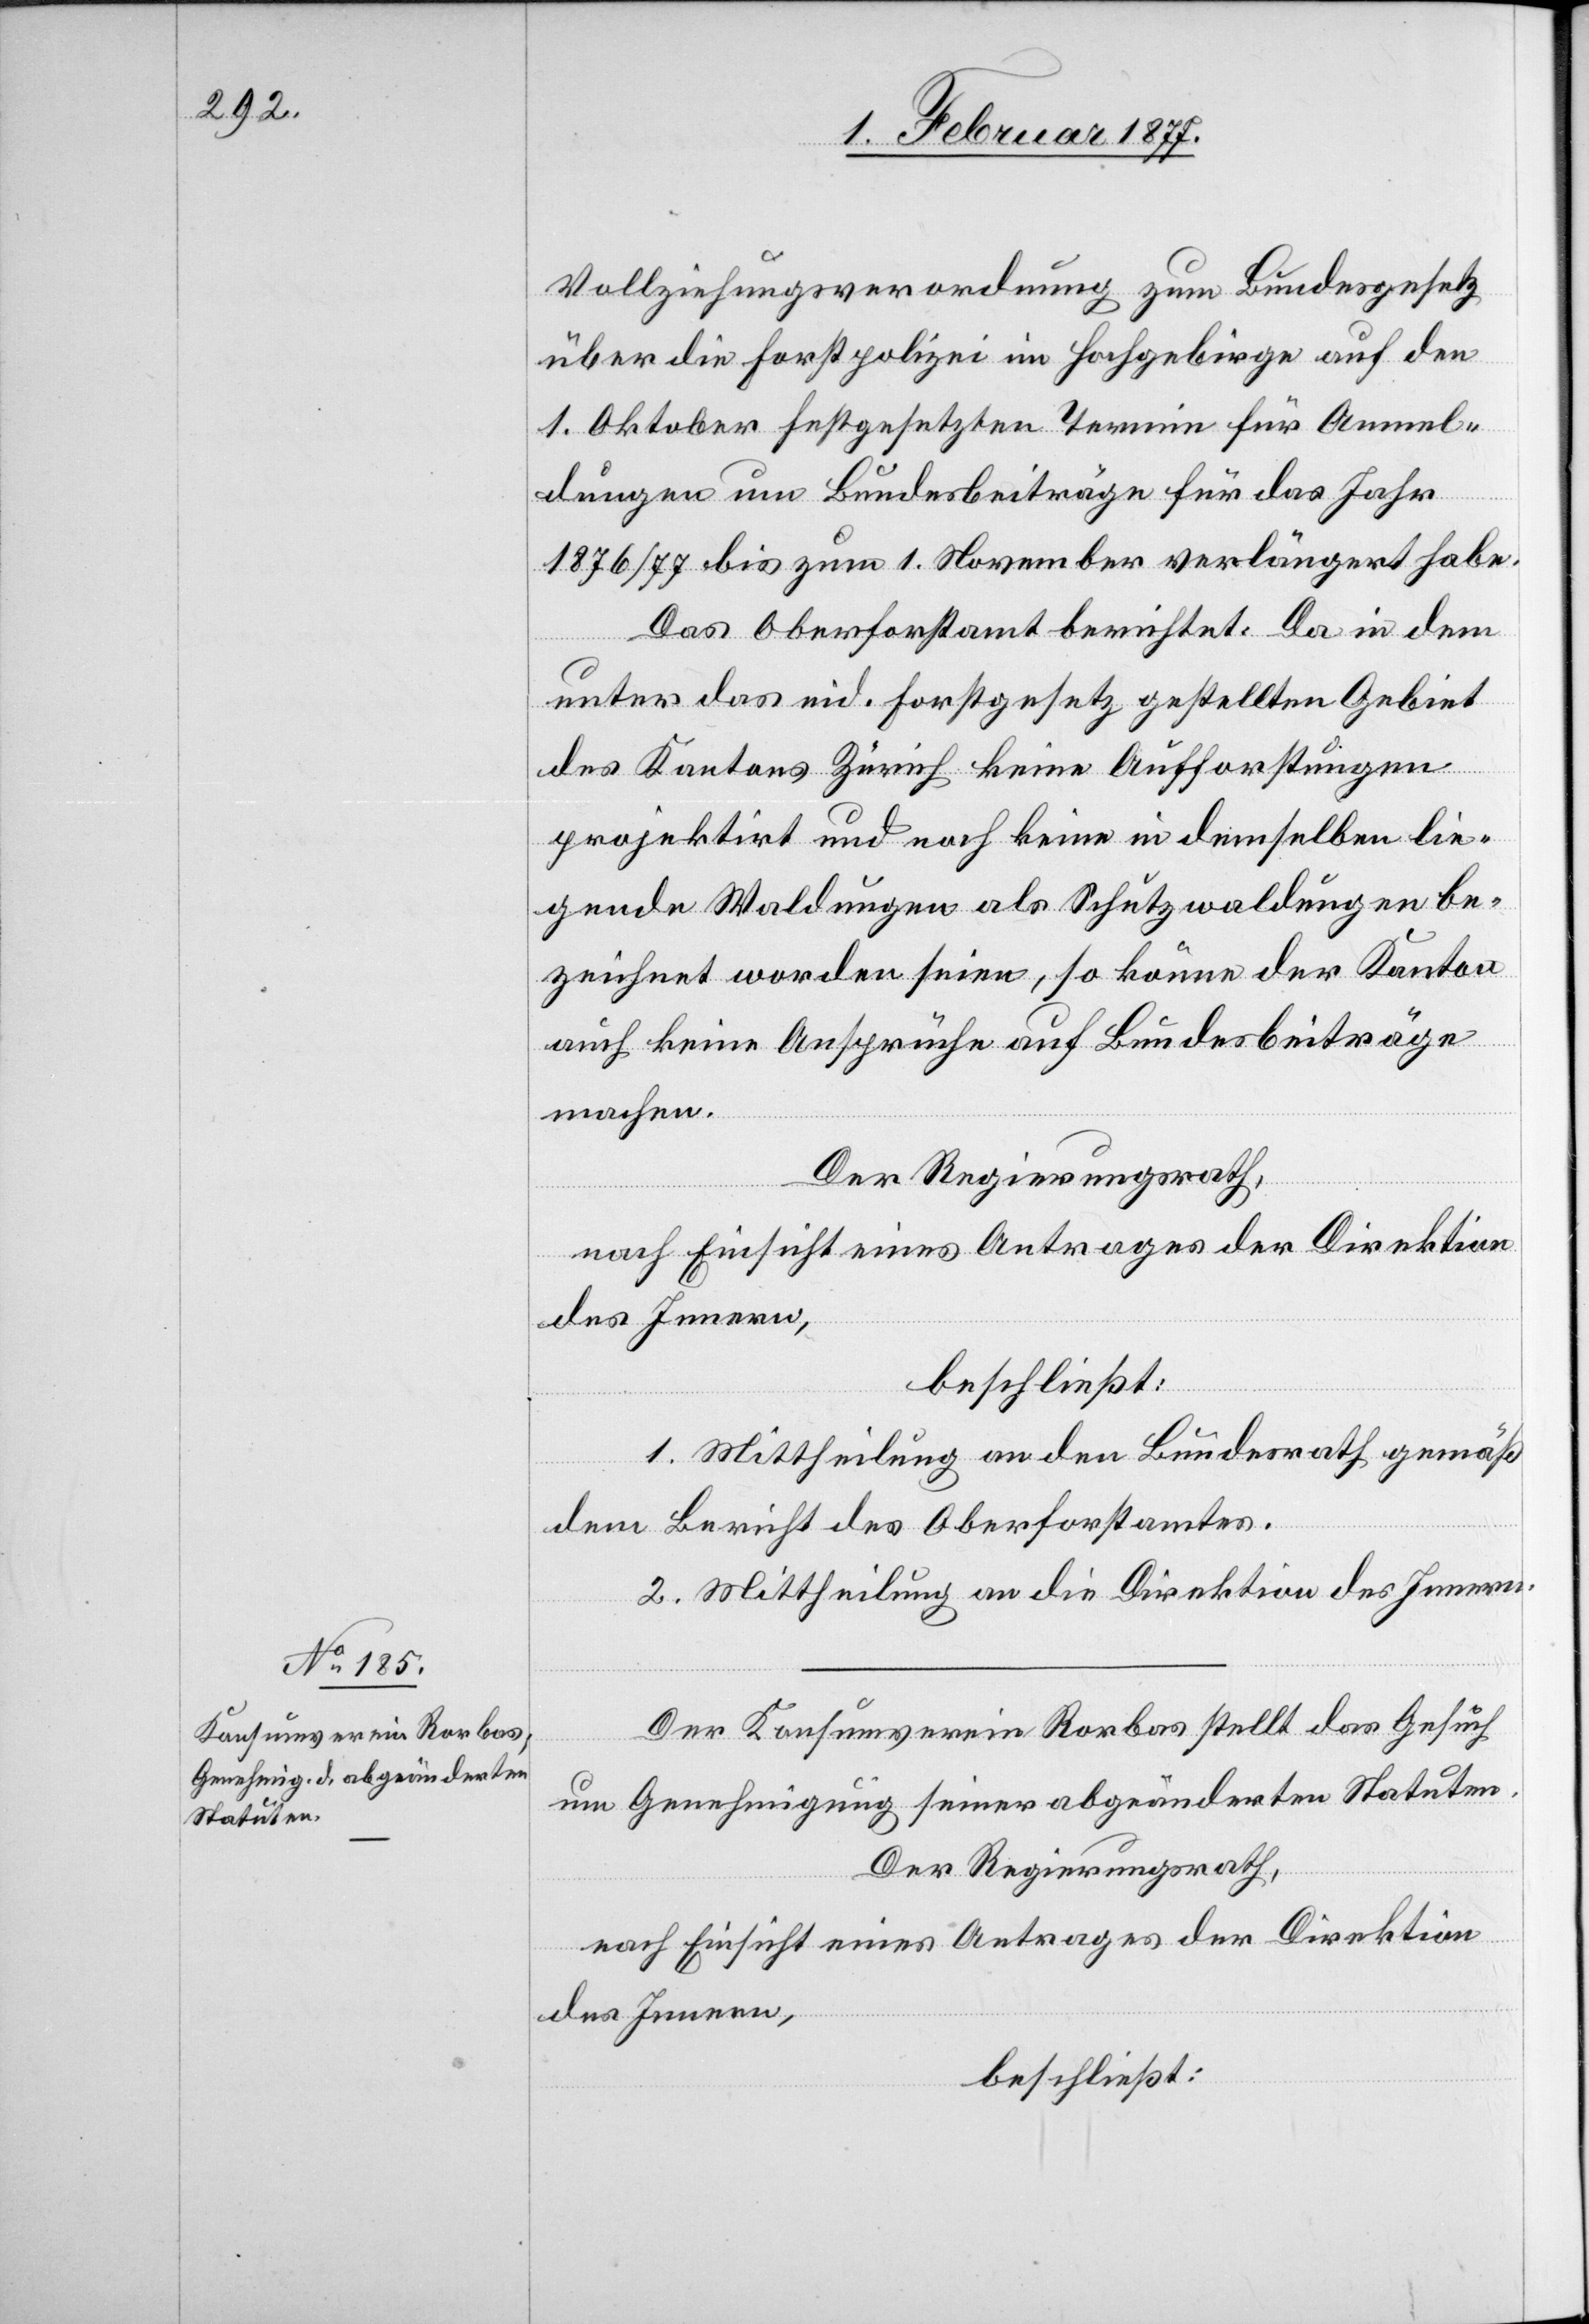
Vollziehungsverordnung zum Bundesgesetz
über die Forstpolizei im Hochgebirge auf den
1. Oktober festgesetzten Termin für Anmel¬
dungen um Bundesbeiträge für das Jahr
1876/77 bis zum 1. November verlängert habe.
Das Oberforstamt berichtet: Da in dem
unter das eid. Forstgesetz gestellten Gebiet
des Kantons Zürich keine Aufforstungen
projektrit und noch keine in demselben lie¬
gende Waldungen als Schutzwaldungen be¬
zeichnet worden seien, so könne der Kanton
auch keine Ansprüche auf Bundesbeiträge
machen.
Der Regierungsrath,
nach Einsicht eines Antrages der Direktion
des Innern,
beschließt:
1. Mittheilung an den Bundesrath gemäß
dem Bericht des Oberforstamtes.
2. Mittheilung an die Direktion des Innern.
Der Konsumverein Rorbas stellt das Gesuch
um Genehmigung seiner abgeänderten Statuten.
Der Regierungsrath,
nach Einsicht eines Antrages der Direktion
des Innern,
beschließt: